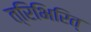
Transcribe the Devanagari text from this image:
त्रिभिरित्